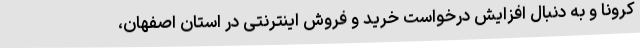
کرونا و به دنبال افزایش درخواست خرید و فروش اینترنتی در استان اصفهان،